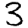
Digit: 3